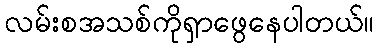
လမ်းစအသစ်ကိုရှာဖွေနေပါတယ်။